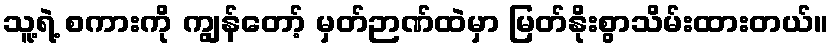
သူ့ရဲ့ စကားကို ကျွန်တော့် မှတ်ဉာဏ်ထဲမှာ မြတ်နိုးစွာသိမ်းထားတယ်။